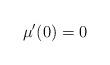
LaTeX: \begin{align*}\mu'(0)=0\end{align*}